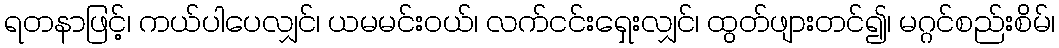
ရတနာဖြင့်၊ ကယ်ပါပေလျှင်၊ ယမမင်းဝယ်၊ လက်ငင်းရှေးလျှင်၊ ထွတ်ဖျားတင်၍၊ မဂ္ဂင်စည်းစိမ်၊